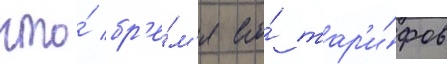
что́ бр'е́м'я его́ тар'и́фов